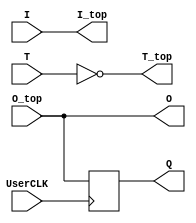
// SPDX-FileCopyrightText: 
// 2021 Nguyen Dao
//
// Licensed under the Apache License, Version 2.0 (the "License");
// you may not use this file except in compliance with the License.
// You may obtain a copy of the License at
//
//      http://www.apache.org/licenses/LICENSE-2.0
//
// Unless required by applicable law or agreed to in writing, software
// distributed under the License is distributed on an "AS IS" BASIS,
// WITHOUT WARRANTIES OR CONDITIONS OF ANY KIND, either express or implied.
// See the License for the specific language governing permissions and
// limitations under the License.
//
// SPDX-License-Identifier: Apache-2.0
//Library UNISIM;
//use UNISIM.vcomponents.all;

module IO_1_bidirectional_frame_config_pass (I, T, O, Q, I_top, T_top, O_top, UserCLK);//, ConfigBits);
	//parameter NoConfigBits = 0; // has to be adjusted manually (we don't use an arithmetic parser for the value)
	// Pin0
	input I; // from fabric to external pin
	input T; // tristate control
	output O; // from external pin to fabric
	output Q; // from external pin to fabric (registered)
	output I_top; // EXTERNAL has to ge to top-level entity not the switch matrix
	output T_top; // EXTERNAL has to ge to top-level entity not the switch matrix
	input O_top; // EXTERNAL has to ge to top-level entity not the switch matrix
	// Tile IO ports from BELs
	input UserCLK; // EXTERNAL // SHARED_PORT // ## the EXTERNAL keyword will send this signal all the way to top and the //SHARED Allows multiple BELs using the same port (e.g. for exporting a clock to the top)
	// GLOBAL all primitive pins that are connected to the switch matrix have to go before the GLOBAL label
	//input [NoConfigBits-1 : 0] ConfigBits;
//                        _____
//    I////-T_DRIVER////->|PAD|//+//////-> O
//              |         ////-  |
//    T////////-+                +//>FF//> Q

// I am instantiating an IOBUF primitive.
// However, it is possible to connect corresponding pins all the way to top, just by adding an "// EXTERNAL" comment (see PAD in the entity)
	reg Q;
// wire fromPad;
// Slice outputs
	assign O = O_top;

	always @ (posedge UserCLK)
	begin
		Q <= O_top;
	end

	assign I_top = I;
	assign T_top = ~T;

// IOBUF IOBUF_inst0(
// .O(fromPad), // 1-bit output: Buffer output
// .I(I), // 1-bit input: Buffer input
// .IO(PAD), // 1-bit inout: Buffer inout (connect directly to top-level port)
// .T(T) // 1-bit input: 3-state enable input
// );

endmodule